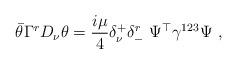
LaTeX: \begin{align*}\bar\theta\Gamma^r D_{\nu}\theta={i\mu\over 4}\delta^+_{\nu}\delta^r_-\ \Psi^{\top}\gamma^{123}\Psi\ ,\end{align*}